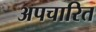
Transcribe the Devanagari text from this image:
अपचारित